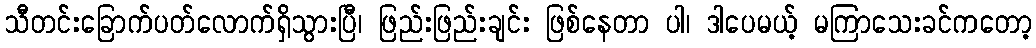
သီတင်းခြောက်ပတ်လောက်ရှိသွားပြီ၊ ဖြည်းဖြည်းချင်း ဖြစ်နေတာ ပါ၊ ဒါပေမယ့် မကြာသေးခင်ကတော့